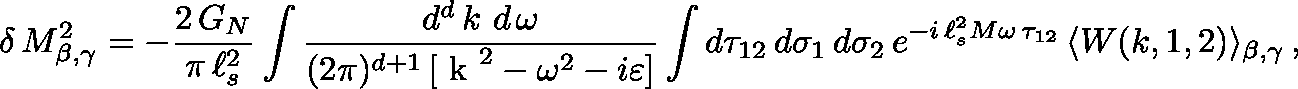
\delta \, M _ { \beta , \gamma } ^ { 2 } = - \frac { 2 \, G _ { N } } { \pi \, \ell _ { s } ^ { 2 } } \int \frac { d ^ { d } \, k \ d \, \omega } { ( 2 \pi ) ^ { d + 1 } \, [ \mathrm { \boldmath ~ k ~ } ^ { 2 } - \omega ^ { 2 } - i \varepsilon ] } \int d \tau _ { 1 2 } \, d \sigma _ { 1 } \, d \sigma _ { 2 } \, e ^ { - i \, \ell _ { s } ^ { 2 } M \omega \, \tau _ { 1 2 } } \, \langle W ( k , 1 , 2 ) \rangle _ { \beta , \gamma } \, ,